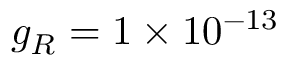
g _ { R } = 1 \times 1 0 ^ { - 1 3 }